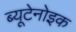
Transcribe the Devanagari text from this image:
ब्यूटेनोइक